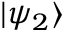
| \psi _ { 2 } \rangle